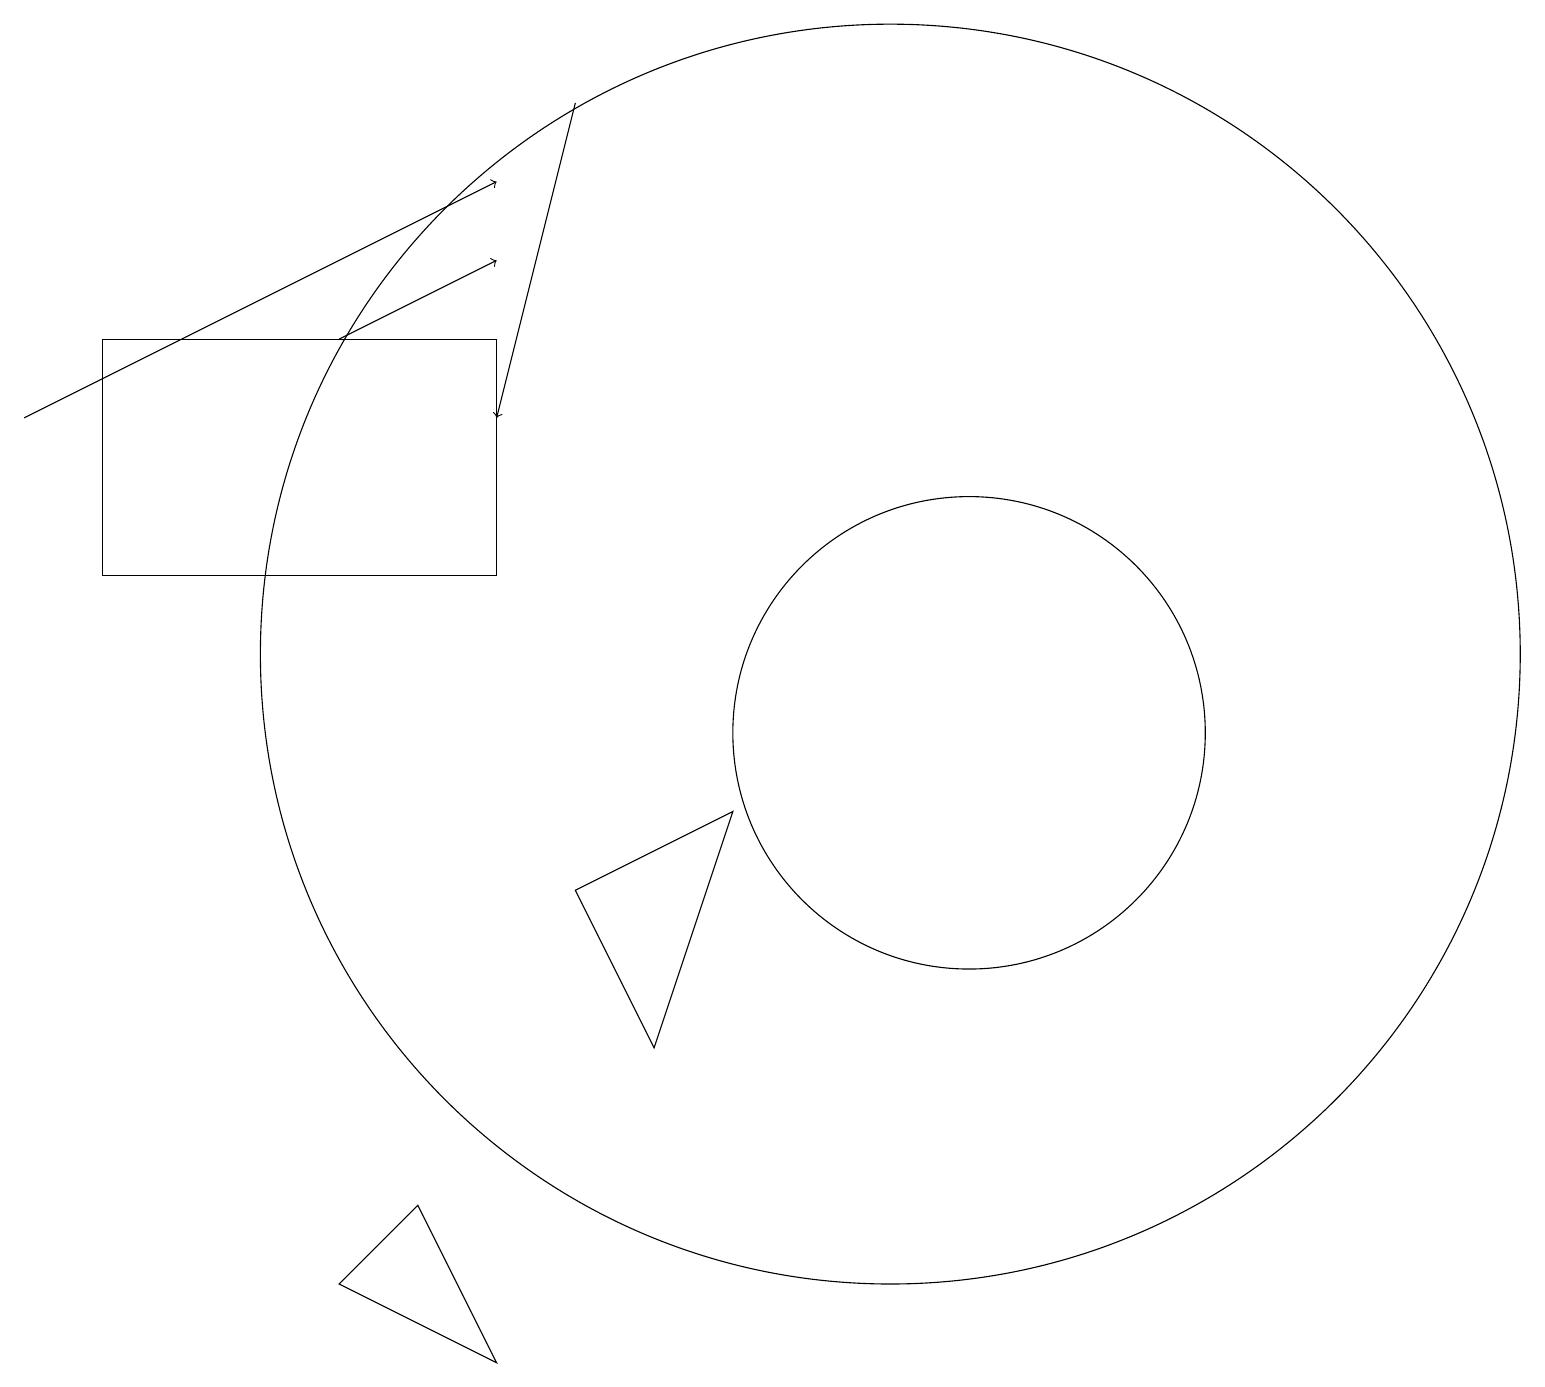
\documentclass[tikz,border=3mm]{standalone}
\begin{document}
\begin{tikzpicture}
\draw (6,15) rectangle (1,12);
\draw (12,10) circle (3);
\draw (11,11) circle (8);
\draw (4,3) -- (6,2) -- (5,4) -- cycle;
\draw[->] (0,14) -- (6,17);
\draw[->] (4,15) -- (6,16);
\draw[->] (7,18) -- (6,14);
\draw (9,9) -- (8,6) -- (7,8) -- cycle;
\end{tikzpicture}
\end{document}